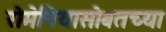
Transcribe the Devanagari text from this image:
रोमेनियासोबतच्या